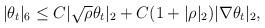
LaTeX: \begin{align*}|\theta_t|_6\leq C|\sqrt{\rho}\theta_t|_2+C(1+|\rho|_2)|\nabla \theta_t|_2,\end{align*}